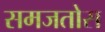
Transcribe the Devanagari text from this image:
समजतोस